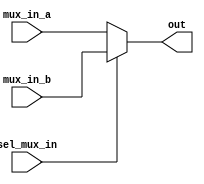
module mux_in (mux_in_a, mux_in_b, sel_mux_in, out);

input sel_mux_in;
input [15:0]mux_in_a;
input [15:0]mux_in_b;

output reg [15:0]out;

always @ (*)
begin
	if(!sel_mux_in)
		out = mux_in_a;
	else 
		out = mux_in_b;
end
	
endmodule